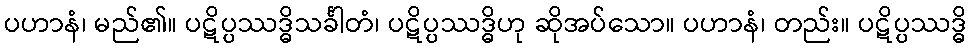
ပဟာနံ၊ မည်၏။ ပဋိပ္ပဿဒ္ဓိသင်္ခါတံ၊ ပဋိပ္ပဿဒ္ဓိဟု ဆိုအပ်သော။ ပဟာနံ၊ တည်း။ ပဋိပ္ပဿဒ္ဓိ